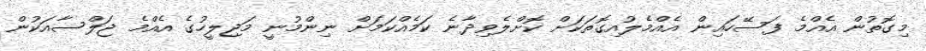
މިގޮތުން އެއްމެ ފަސޭހައިން އެއްމެލުއިގޮތަކަށް ކޮށްލެވިދާނެ ކަމެއްކަމަށް ނިންމުނީ މަޖިލީހުގެ އެއްމެ ޖަލްސާއަކުން